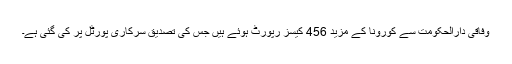
وفاقی دارالحکومت سے کورونا کے مزید 456 کیسز رپورٹ ہوئے ہیں جس کی تصدیق سرکاری پورٹل پر کی گئی ہے۔